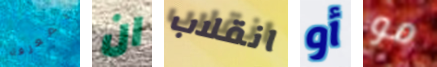
بمعرفة ان انقلاب أو مو